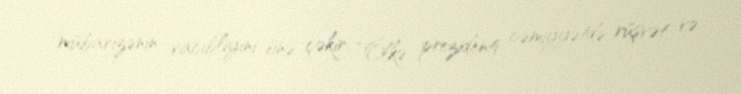
mübarizənin vacibliyini önə çəkir: “Ölkə prezidenti cəmiyyətdə rüşvət və